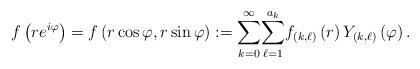
LaTeX: \begin{align*}f\left( re^{i\varphi}\right) =f\left( r\cos\varphi,r\sin\varphi\right) :={\displaystyle\sum_{k=0}^{\infty}}{\displaystyle\sum_{\ell=1}^{a_{k}}}f_{\left( k,\ell\right) }\left( r\right) Y_{\left( k,\ell\right)}\left( \varphi\right) . \end{align*}